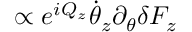
\propto e ^ { i Q _ { z } } \dot { \theta } _ { z } \partial _ { \theta } \delta F _ { z }